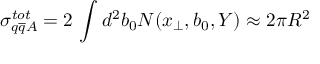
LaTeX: \sigma _ { q \overline { { { q } } } A } ^ { t o t } = 2 \, \int d ^ { 2 } b _ { 0 } N ( x _ { \perp } , b _ { 0 } , Y ) \approx 2 \pi R ^ { 2 }